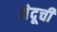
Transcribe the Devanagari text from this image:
मेदूची